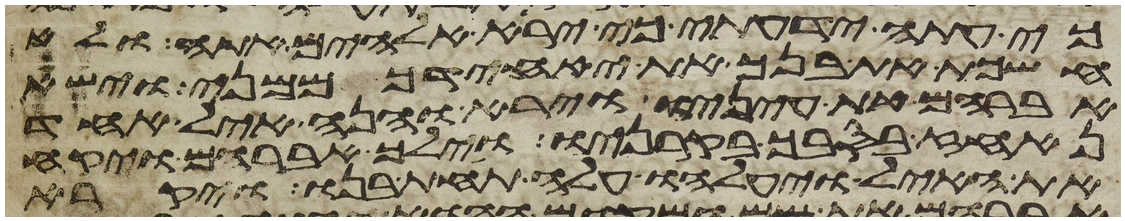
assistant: כי עתה ידעתי כי ירא אלהים אתה ולא
חשכת את בנך את יחידך ממני וישא
אברהם את עיניו וירא והנה איל אחד
נאחז בסבך בקרניו וילך אברהם ויקח
את האיל ויעלהו עלה תחת בנו ויקרא